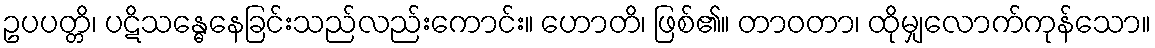
ဥပပတ္တိ၊ ပဋိသန္ဓေနေခြင်းသည်လည်းကောင်း။ ဟောတိ၊ ဖြစ်၏။ တာဝတာ၊ ထိုမျှလောက်ကုန်သော။